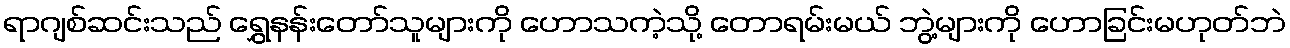
ရာဂျစ်ဆင်းသည် ရွှေနန်းတော်သူများကို ဟောသကဲ့သို့ တောရမ်းမယ် ဘွဲ့များကို ဟောခြင်းမဟုတ်ဘဲ